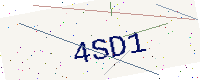
Text: 4SD1